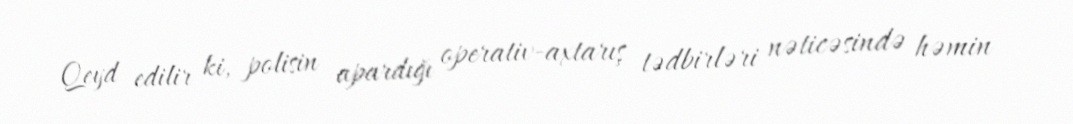
Qeyd edilir ki, polisin apardığı operativ-axtarış tədbirləri nəticəsində həmin